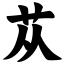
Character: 苁